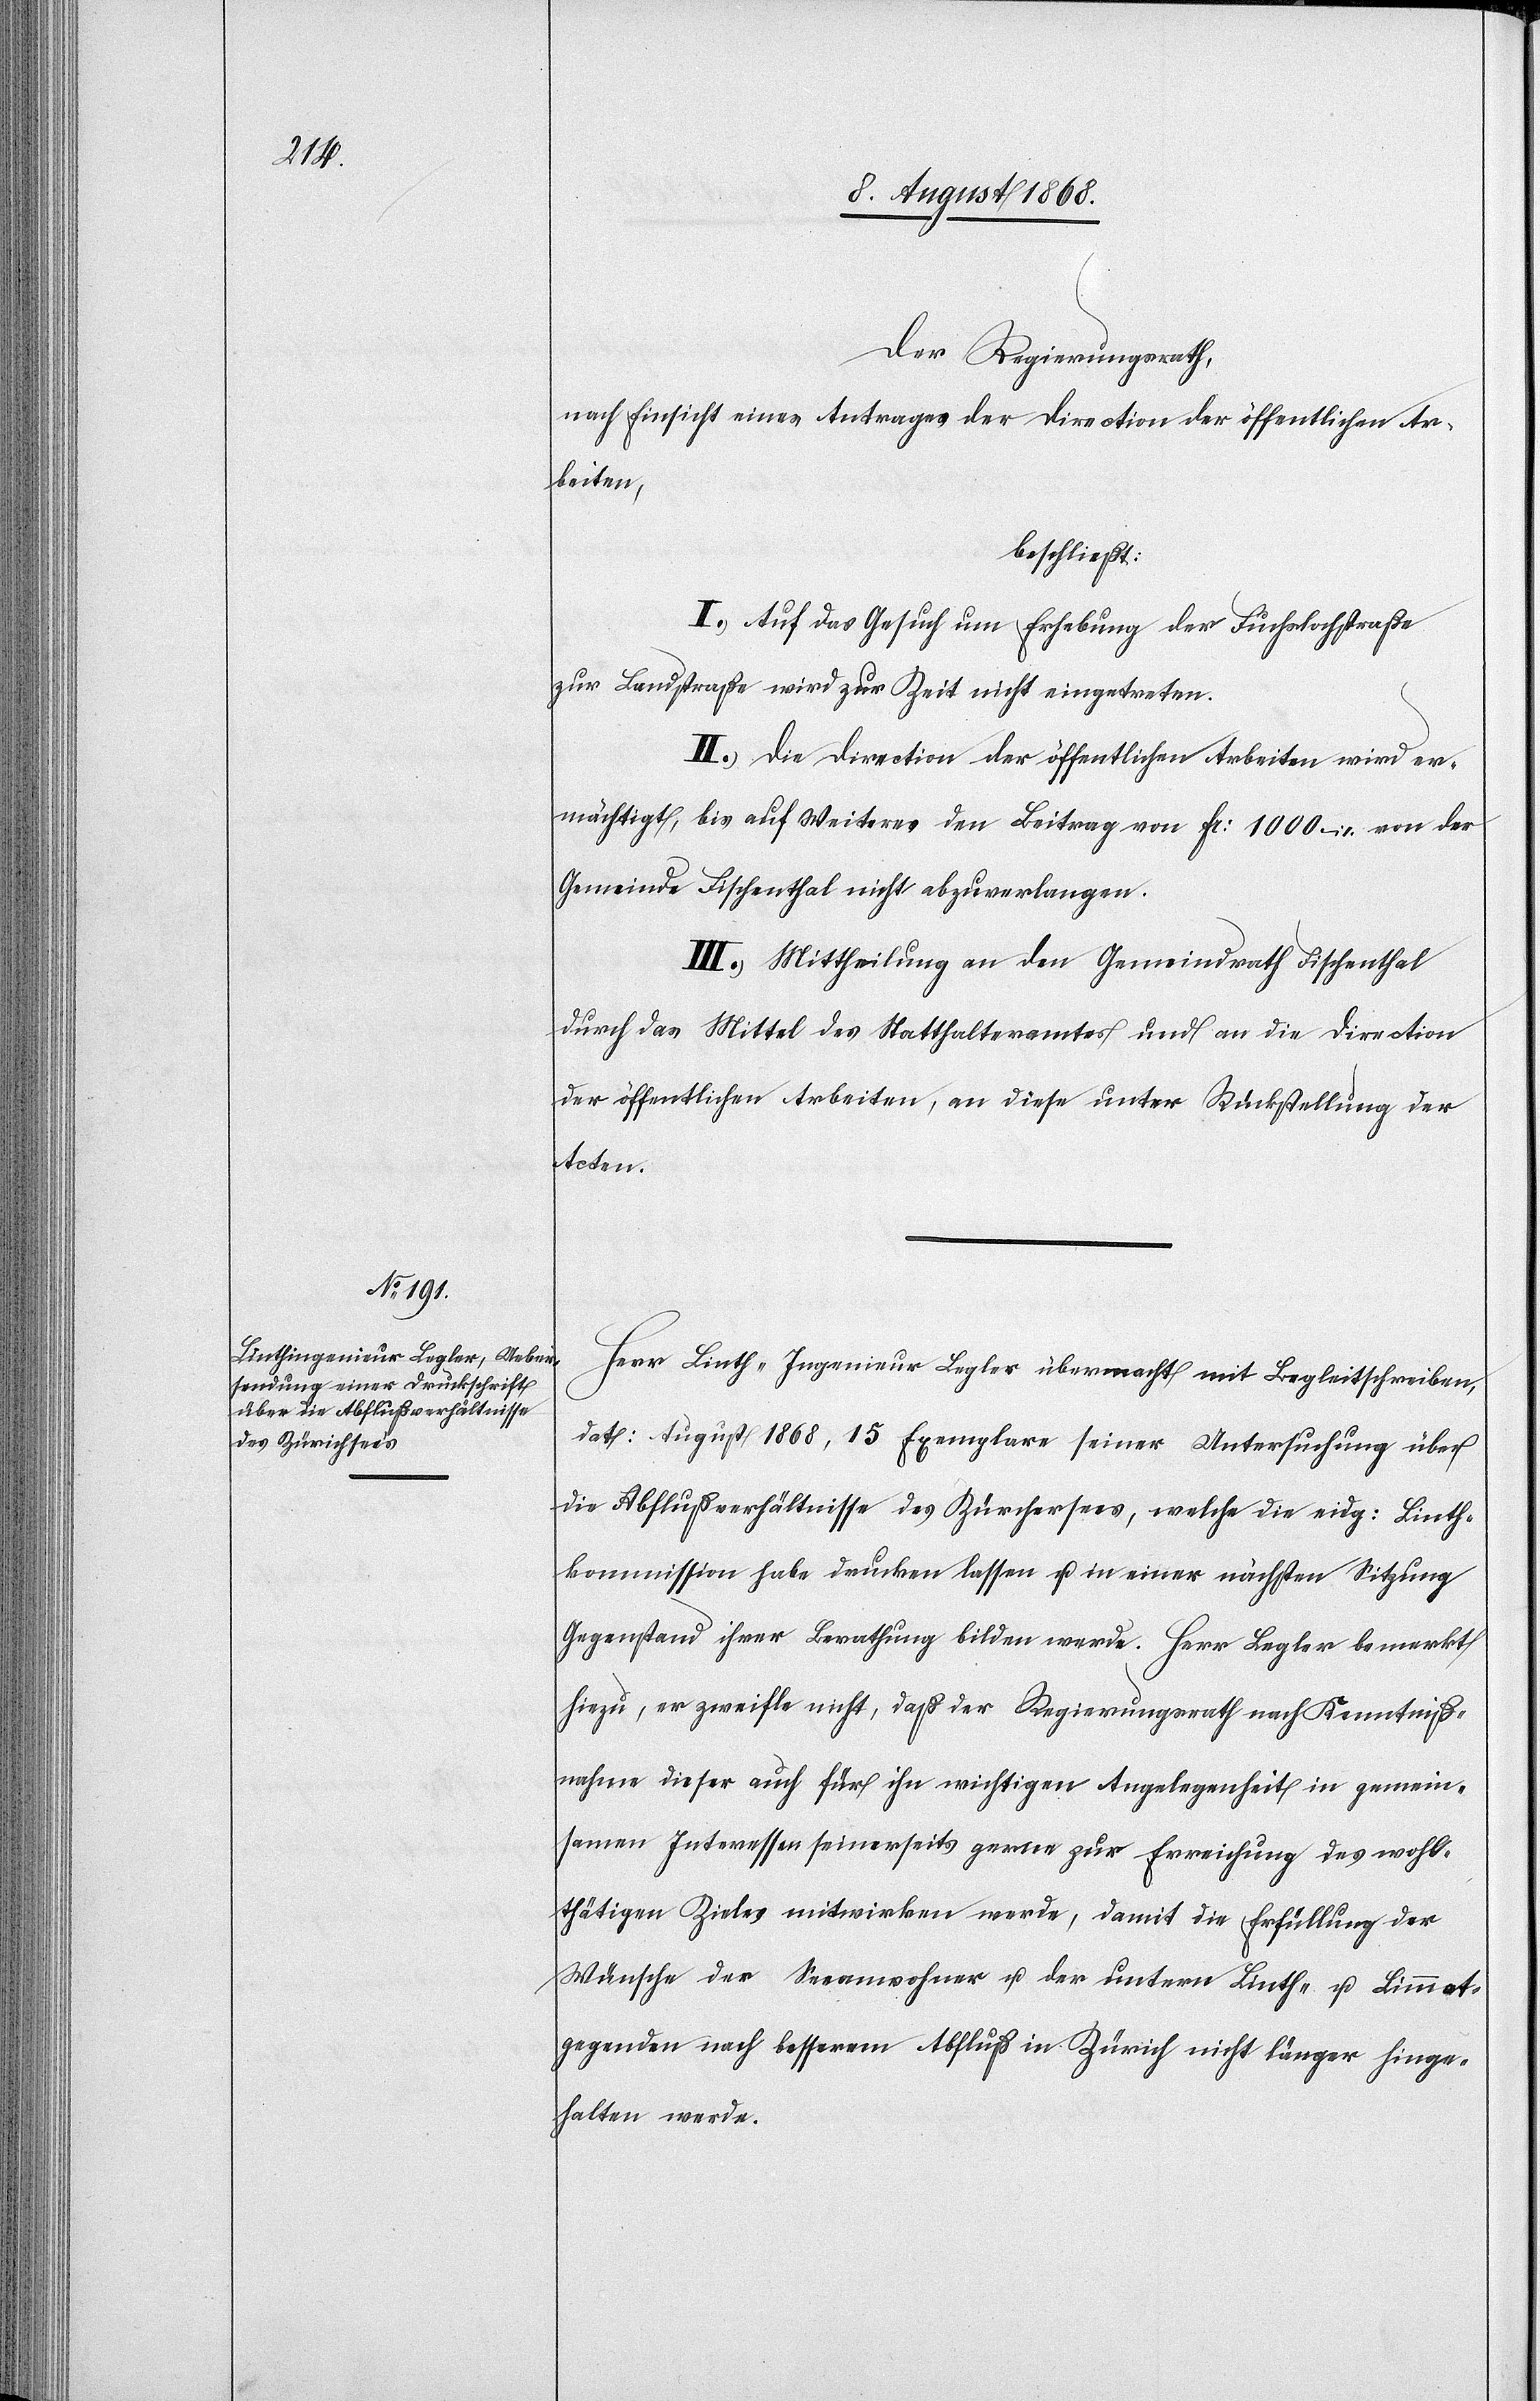
Der Regierungsrath,
nach Einsicht eines Antrages der Direction der öffentlichen Ar¬
beiten,
beschließt:
I.) Auf das Gesuch um Erhebung der Fuchslochstraße
zur Landstraße wird zur Zeit nicht eingetreten.
II.) Die Direction der öffentlichen Arbeiten wird er¬
mächtigt, bis auf Weiteres den Beitrag von Fr: 1000 – von der
Gemeinde Fischenthal nicht abzuverlangen.
III.) Mittheilung an den Gemeindrath Fischenthal
durch das Mittel des Statthalteramtes und an die Direction
der öffentlichen Arbeiten, an diese unter Rückstellung der
Acten.
Herr Linth-Ingenieur Legler übermacht mit Begleitschreiben,
dat: August 1868, 15 Exemplare seiner Untersuchung über
die Abflußverhältnisse des Zürchersees, welche die eidg: Linth¬
kommission habe drucken lassen u. in einer nächsten Sitzung
Gegenstand ihrer Berathung bilden werde. Herr Legler bemerkt
hiezu, er zweifle nicht, daß der Regierungsrath nach Kenntniß¬
nahme dieser auch für ihn wichtigen Angelegenheit in gemein¬
samen Interessen seinerseits gerne zur Erreichung des wohl¬
thätigen Zieles mitwirken werde, damit die Erfüllung der
Wünsche der Seeanwohner u. der untern Linth- u. Limmat¬
gegenden nach besserem Abfluß in Zürich nicht länger hinge¬
halten werde.